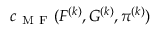
c _ { \mathrm { ~ M ~ F ~ } } ( F ^ { ( k ) } , G ^ { ( k ) } , \pi ^ { ( k ) } )